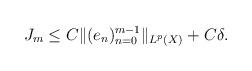
LaTeX: \begin{align*} J_m\le C\|(e_n)_{n=0}^{m-1}\|_{L^p(X)} +C\delta .\end{align*}